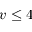
v \leq 4